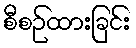
စီစဉ်ထားခြင်း